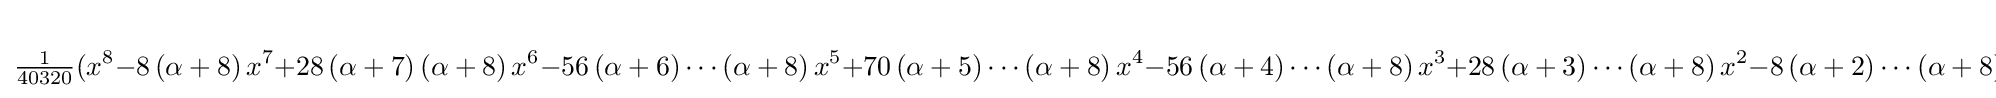
{\tfrac {1}{40320}}(x^{8}-8\left(\alpha +8\right)x^{7}+28\left(\alpha +7\right)\left(\alpha +8\right)x^{6}-56\left(\alpha +6\right)\cdots \left(\alpha +8\right)x^{5}+70\left(\alpha +5\right)\cdots \left(\alpha +8\right)x^{4}-56\left(\alpha +4\right)\cdots \left(\alpha +8\right)x^{3}+28\left(\alpha +3\right)\cdots \left(\alpha +8\right)x^{2}-8\left(\alpha +2\right)\cdots \left(\alpha +8\right)x+\left(\alpha +1\right)\cdots \left(\alpha +8\right))